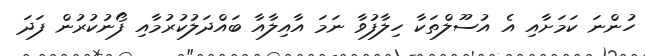
ހުންނަ ކަމަށާއި އެ އުސޫލްތަކާ ހިލާފުވާ ނަމަ އާއިލާއާ ބައްދަލުކުރުމާއި ފޯނުކުރުން ފަދަ